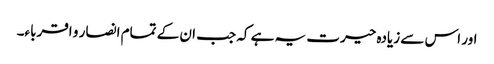
اور اس سے زیادہ حیرت یہ ہے کہ جب ان کے تمام انصار و اقرباء۔